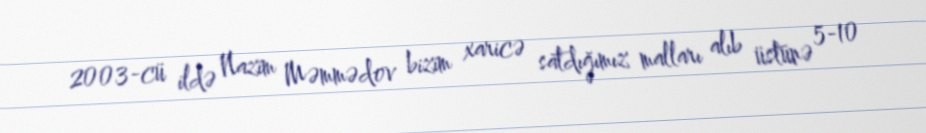
2003-cü ildə Nazim Məmmədov bizim xaricə satdığımız malları alıb üstünə 5-10